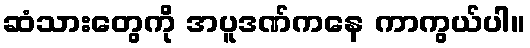
ဆံသားတွေကို အပူဒဏ်ကနေ ကာကွယ်ပါ။